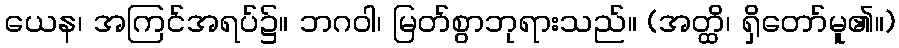
ယေန၊ အကြင်အရပ်၌။ ဘဂဝါ၊ မြတ်စွာဘုရားသည်။ (အတ္ထိ၊ ရှိတော်မူ၏။)